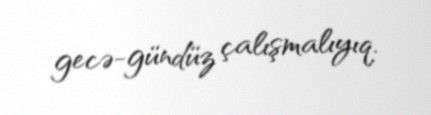
gecə-gündüz çalışmalıyıq.